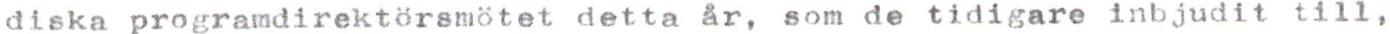
diska programdirektörsmötet detta år, som de tidigare inbjudit till,